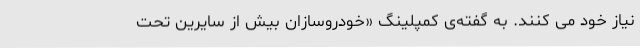
نیاز خود می کنند. به گفته‌ی کمپلینگ «خودروسازان بیش از سایرین تحت